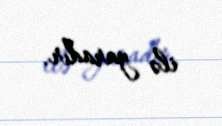
ilə yaradır.